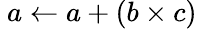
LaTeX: \ a\leftarrow a+(b\times c)